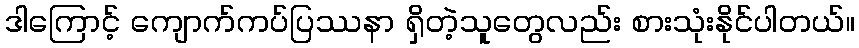
ဒါကြောင့် ကျောက်ကပ်ပြဿနာ ရှိတဲ့သူတွေလည်း စားသုံးနိုင်ပါတယ်။